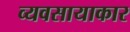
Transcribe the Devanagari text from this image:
व्यवसायाकार